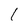
Character: 1